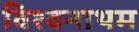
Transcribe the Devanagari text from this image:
विश्वनाथम